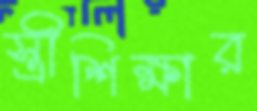
স্ত্রীশিক্ষার